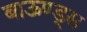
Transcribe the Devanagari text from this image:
बाऊण्ड्स